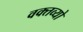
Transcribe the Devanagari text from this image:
वक्तव्यो